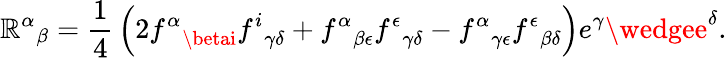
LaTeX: {\mathbb{R}^{\alpha}}_{\beta}={\frac{{1}}{{4}}}\left(2{f^{\alpha}}_{\betai}{f^{i}}_{\gamma\delta}+{f^{\alpha}}_{\beta\epsilon}{f^{\epsilon}}_{\gamma\delta}-{f^{\alpha}}_{\gamma\epsilon}{f^{\epsilon}}_{\beta\delta}\right)e^{\gamma}\wedgee^{\delta}.